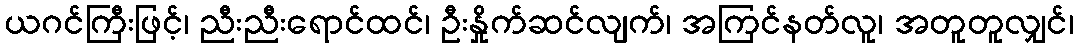
ယဂင်ကြီးဖြင့်၊ ညီးညီးရောင်ထင်၊ ဦးနှိုက်ဆင်လျက်၊ အကြင်နတ်လူ၊ အတူတူလျှင်၊